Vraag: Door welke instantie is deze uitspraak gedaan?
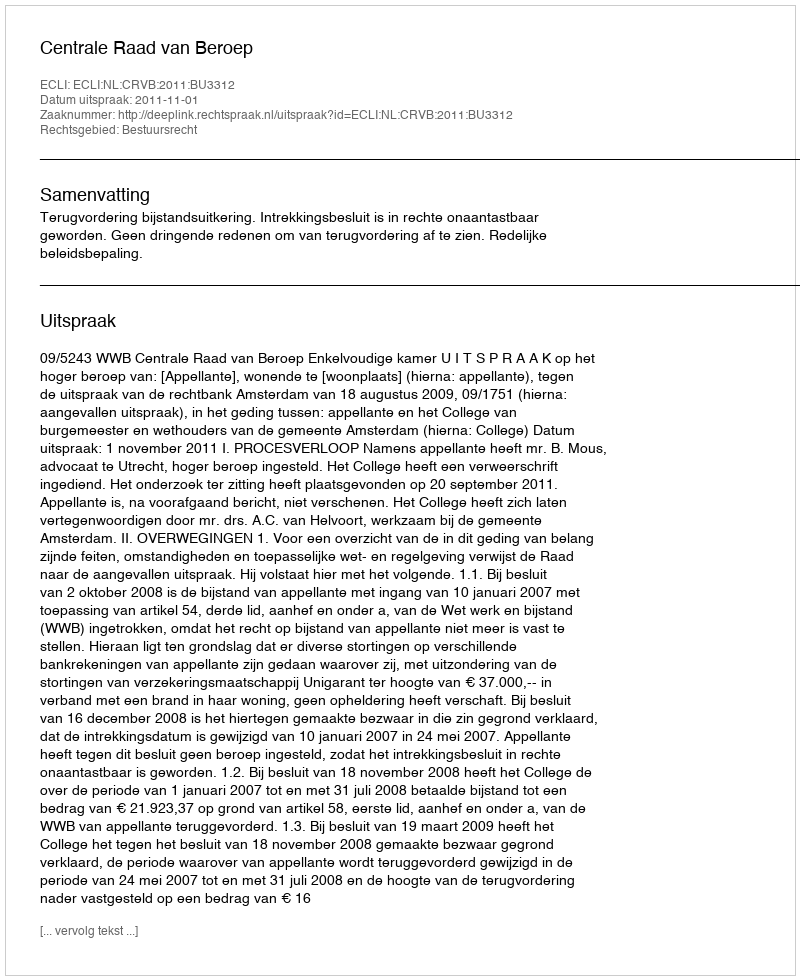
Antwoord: Centrale Raad van Beroep